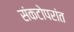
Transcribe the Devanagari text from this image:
संकटोपरांत